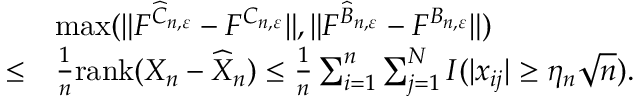
\begin{array} { r l } & { \operatorname* { m a x } ( \| F ^ { \widehat C _ { n , \varepsilon } } - F ^ { C _ { n , \varepsilon } } \| , \| F ^ { \widehat B _ { n , \varepsilon } } - F ^ { B _ { n , \varepsilon } } \| ) } \\ { \le } & { \frac 1 n { \mathrm { r a n k } } ( X _ { n } - \widehat X _ { n } ) \le \frac 1 n \sum _ { i = 1 } ^ { n } \sum _ { j = 1 } ^ { N } I ( \vert x _ { i j } \vert \ge \eta _ { n } \sqrt { n } ) . } \end{array}